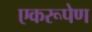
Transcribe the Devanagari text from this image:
एकरूपेण